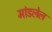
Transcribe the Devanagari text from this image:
मांडलेल